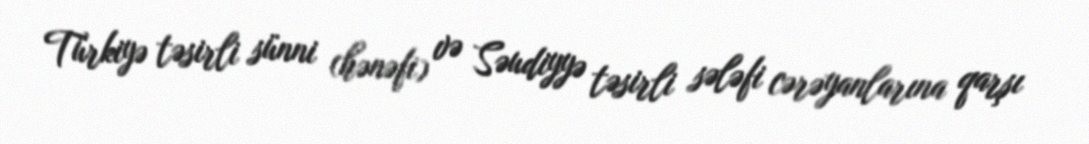
Türkiyə təsirli sünni (hənəfi) və Səudiyyə təsirli sələfi cərəyanlarına qarşı